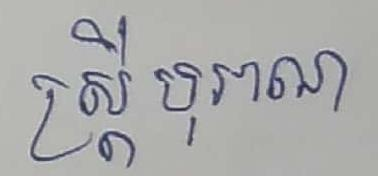
ស្ដ្រី បុរាណ